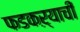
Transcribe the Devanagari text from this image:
फडकऱ्याची